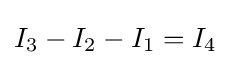
I_{3}-I_{2}-I_{1}=I_{4}